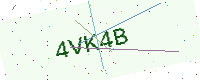
Text: 4VK4B